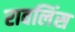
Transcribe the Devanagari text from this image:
रावलिंस